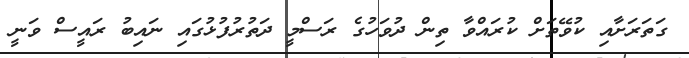
ގަތަރަށާއި ކުވޭތަށް ކުރައްވާ ތިން ދުވަހުގެ ރަސްމީ ދަތުރުފުޅުގައި ނައިބު ރައީސް ވަނީ